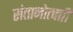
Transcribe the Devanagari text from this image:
संतानोत्पत्ती